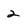
Character: 2